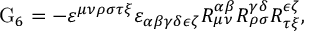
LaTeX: \mathrm { G } _ { 6 } = - \varepsilon ^ { \mu \nu \rho \sigma \tau \xi } \varepsilon _ { \alpha \beta \gamma \delta \epsilon \zeta } R _ { \mu \nu } ^ { \alpha \beta } R _ { \rho \sigma } ^ { \gamma \delta } R _ { \tau \xi } ^ { \epsilon \zeta } ,